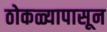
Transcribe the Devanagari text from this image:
ठोकळ्यापासून